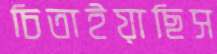
চিতাইয়াছিস